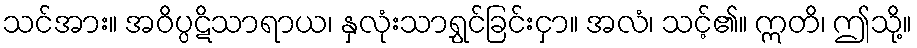
သင်အား။ အဝိပ္ပဋိသာရာယ၊ နှလုံးသာရွှင်ခြင်းငှာ။ အလံ၊ သင့်၏။ ဣတိ၊ ဤသို့။